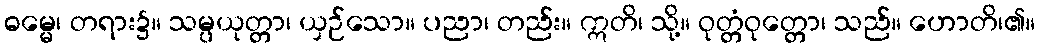
ဓမ္မေ၊ တရား၌။ သမ္ပယုတ္တာ၊ ယှဉ်သော။ ပညာ၊ တည်း။ ဣတိ၊ သို့။ ဝုတ္တံဝုတ္တော၊ သည်။ ဟောတိ၊၏။